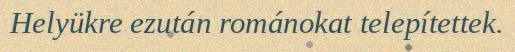
Helyükre ezután románokat telepítettek.